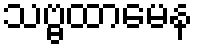
သဗ္ဗထာမေန